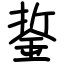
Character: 銴